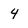
Character: 4